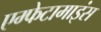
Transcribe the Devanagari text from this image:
एम्फेटामाइंस